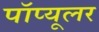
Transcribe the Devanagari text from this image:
पॉप्यूलर